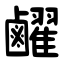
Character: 䴞